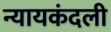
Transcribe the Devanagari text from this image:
न्यायकंदली